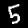
Digit: 5